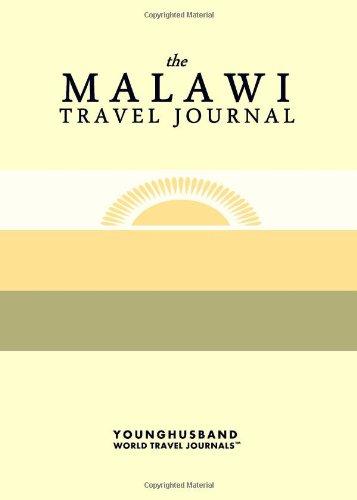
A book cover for The Malawi Travel Journal; Younghusband World Travel Journals; Travel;